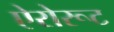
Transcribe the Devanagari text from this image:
ऐरोरूट